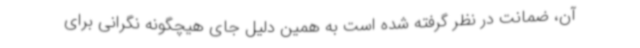
آن، ضمانت در نظر گرفته شده است به همین دلیل جای هیچگونه نگرانی برای